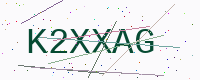
Text: K2XXAG